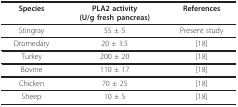
| Species | PLA2 activity(U/g fresh pancreas) | References |
 | --- | --- | --- |
 | Stingray | 55 ± 5 | Present study |
 | Dromedary | 20 ± 3.5 | [18] |
 | Turkey | 200 ± 20 | [18] |
 | Bovine | 110 ± 17 | [18] |
 | Chicken | 70 ± 25 | [18] |
 | Sheep | 10 ± 5 | [18] |